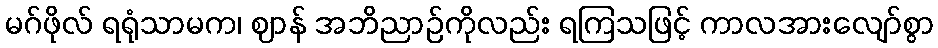
မဂ်ဖိုလ် ရရုံသာမက၊ ဈာန် အဘိညာဉ်ကိုလည်း ရကြသဖြင့် ကာလအားလျော်စွာ